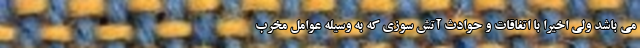
می باشد ولی اخیراً با اتفاقات و حوادث آتش سوزی که به وسیله عوامل مخرب